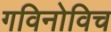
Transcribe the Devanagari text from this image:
गविनोविच